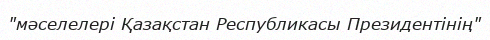
"мәселелері Қазақстан Республикасы Президентінің"